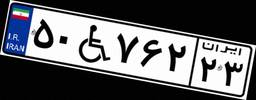
۵۰W۷۶۲۲۳